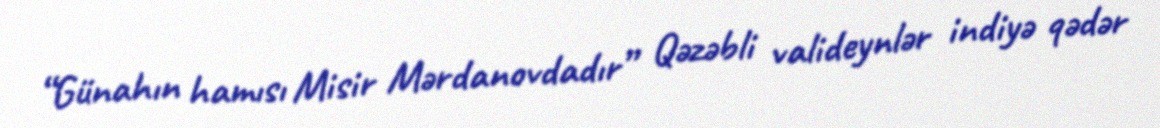
“Günahın hamısı Misir Mərdanovdadır” Qəzəbli valideynlər indiyə qədər